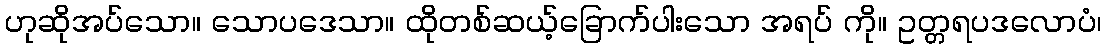
ဟုဆိုအပ်သော။ သောပဒေသာ။ ထိုတစ်ဆယ့်ခြောက်ပါးသော အရပ် ကို။ ဥတ္တရပဒလောပံ၊